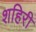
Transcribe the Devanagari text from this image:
शहिरी